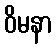
ဝိမနာ